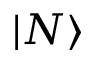
\vert N \rangle